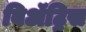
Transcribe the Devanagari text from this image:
बिॲट्रिस